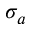
\sigma _ { a }